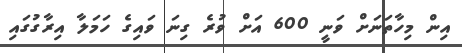
އިން މިހާތަނަށް ވަނީ 600 އަށް ވުރެ ގިނަ ވައިގެ ހަމަލާ އިރާގުގައި